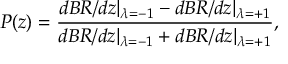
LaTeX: P ( z ) = \frac { d B R / d z \vert _ { \lambda = - 1 } - d B R / d z \vert _ { \lambda = + 1 } } { d B R / d z \vert _ { \lambda = - 1 } + d B R / d z \vert _ { \lambda = + 1 } } ,